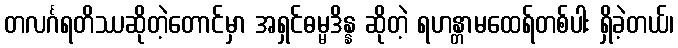
တလင်္ဂရတိဿဆိုတဲ့တောင်မှာ အရှင်ဓမ္မဒိန္န ဆိုတဲ့ ရဟန္တာမထေရ်တစ်ပါး ရှိခဲ့တယ်၊